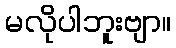
မလိုပါဘူးဗျာ။